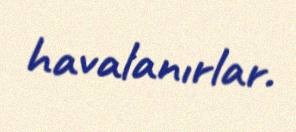
havalanırlar.